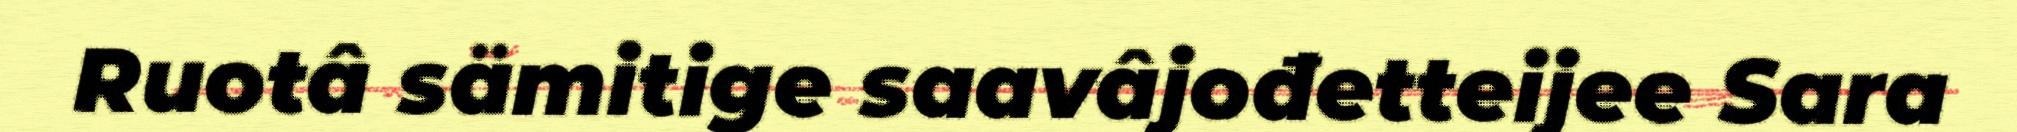
Ruotâ sämitige saavâjođetteijee Sara